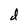
Character: d